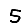
Digit: 5